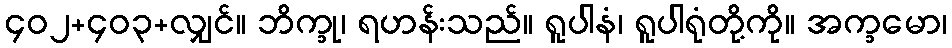
၄၀၂+၄၀၃+လျှင်။ ဘိက္ခု၊ ရဟန်းသည်။ ရူပါနံ၊ ရူပါရုံတို့ကို။ အက္ခမော၊